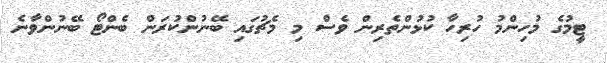
ޓީމުގެ މުހިންމު ހުރިހާ ކުޅުންތެރިން ވެސް މި މެޗުގައި ބޭނުންކުރަން ބެންޓޯ ބޭނުންވާނެ